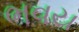
ભવય